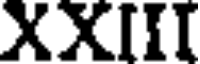
XXIII